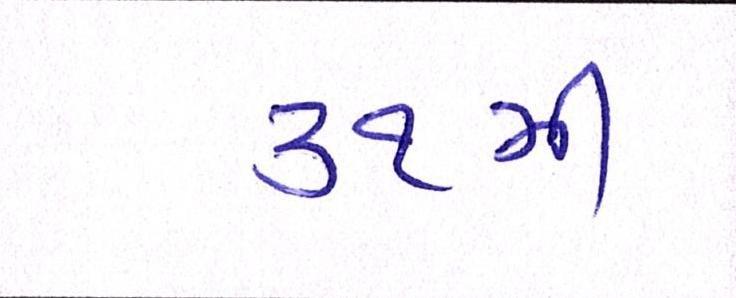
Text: ૩૧મી